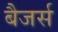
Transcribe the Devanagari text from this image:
बैजर्स